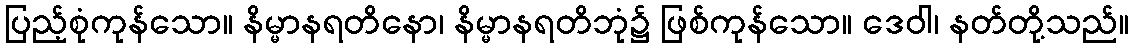
ပြည့်စုံကုန်သော။ နိမ္မာနရတိနော၊ နိမ္မာနရတိဘုံ၌ ဖြစ်ကုန်သော။ ဒေဝါ၊ နတ်တို့သည်။